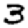
Digit: 3